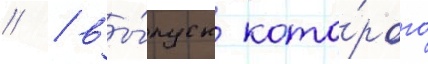
// / вы́пуск кото́рого